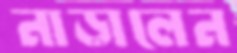
নাড়ালেন